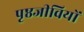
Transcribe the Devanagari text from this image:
पृष्ठजीवियों